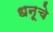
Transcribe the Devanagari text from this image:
धनूचे